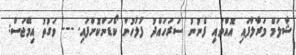
ޝާލަމް މަރާލާފައި އޮއްވައި ފެނުނު ސަރަހައްދު ފުލުހުން ކޯޑަންކޮށްފައި. --- ވަގުތު އިމޭޖަސް: